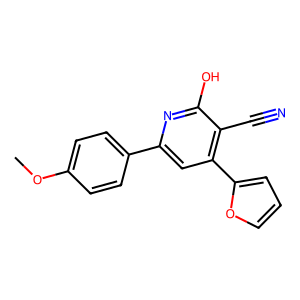
SMILES: COc1ccc(-c2cc(-c3ccco3)c(C#N)c(O)n2)cc1
Inhibits HIV replication: No